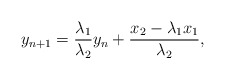
\begin{align*}y_{n+1}=\frac{\lambda_1}{\lambda_2}y_n+\frac{x_2-\lambda_1x_1}{\lambda_2},\end{align*}